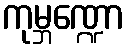
ကုမ္ဘဏ္ဍော